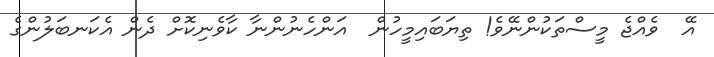
އޭ  ވެއްޖެ މީސްތަކުންނޭވެ! ތިޔަބައިމީހުން  އަންހެނުންނާ ކާވެނިކޮށް ދެން އެކަނބަލުންގެ